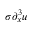
\sigma \partial _ { x } ^ { 3 } u